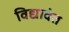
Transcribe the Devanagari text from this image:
विद्यावंत